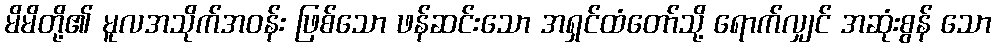
မိမိတို့၏ မူလအသိုက်အဝန်း ဖြစ်သော ဖန်ဆင်းသော အရှင်ထံတော်သို့ ရောက်လျှင် အဆုံးစွန် သော